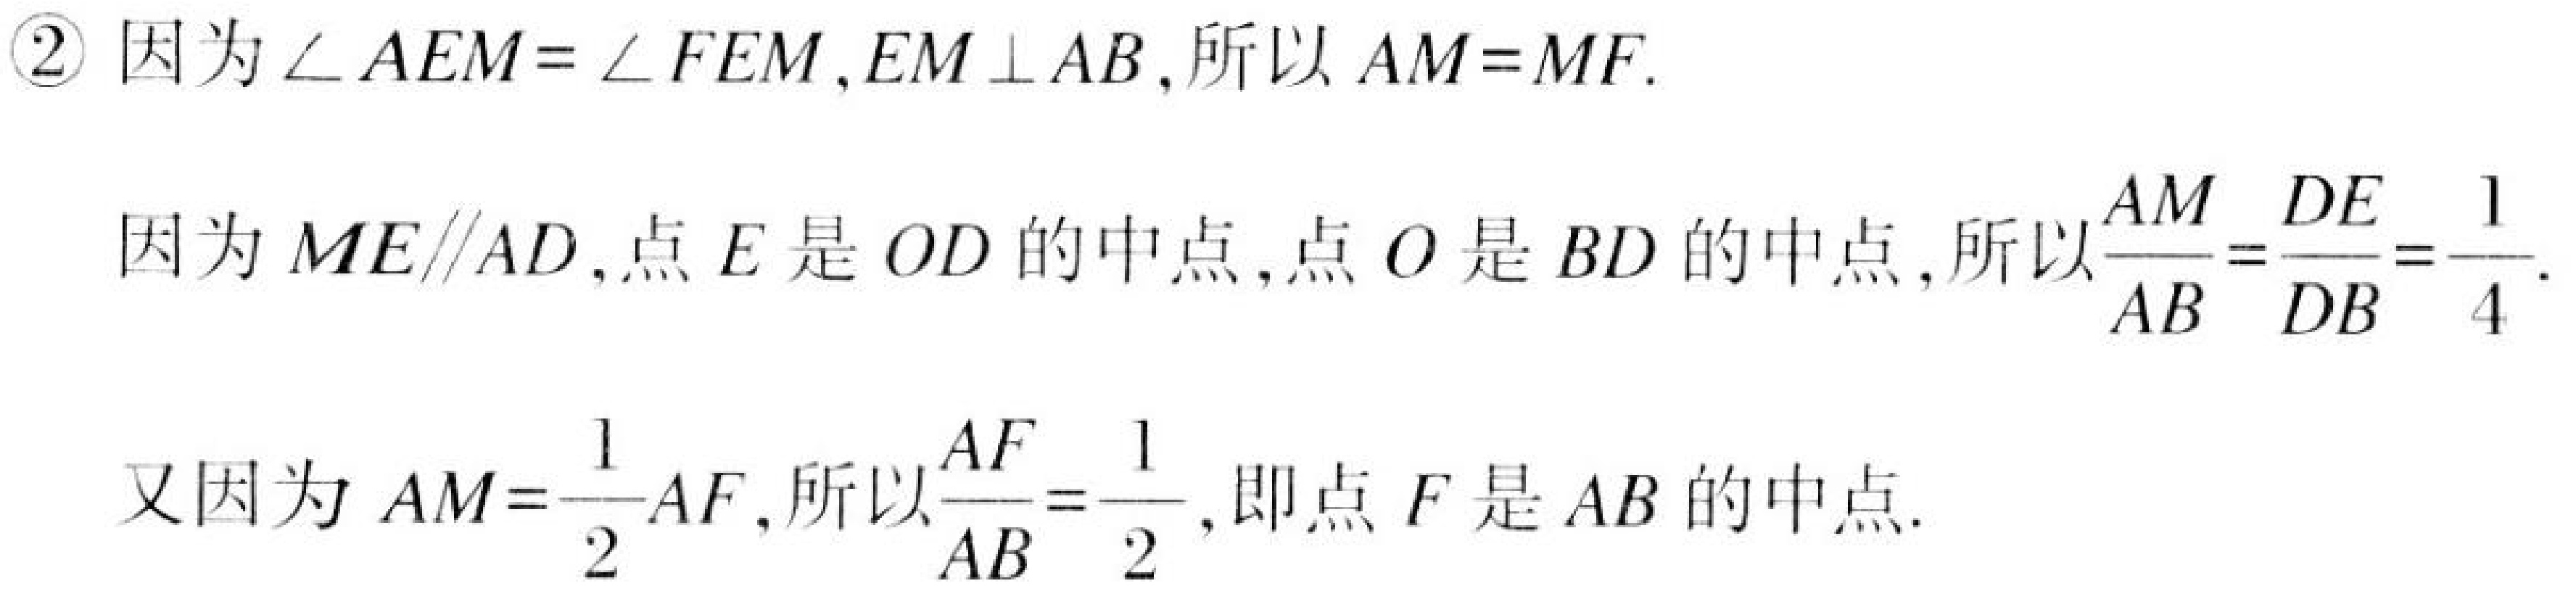
\textcircled{2} 因为\(\angle AEM = \angle FEM\)，\(EM\perp AB\)，所以\(AM = MF\).
因为\(ME\parallel AD\)，点\(E\)是\(OD\)的中点，点\(O\)是\(BD\)的中点，所以\(\frac{AM}{AB}=\frac{DE}{DB}=\frac{1}{4}\).
又因为\(AM = \frac{1}{2}AF\)，所以\(\frac{AF}{AB}=\frac{1}{2}\)，即点\(F\)是\(AB\)的中点.